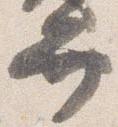
弁